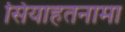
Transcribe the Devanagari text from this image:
सियाहतनामा